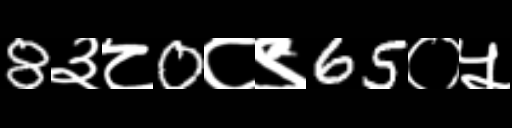
Text: 8३८0८९65०५